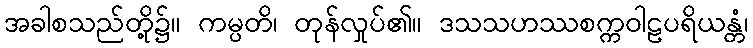
အခါစသည်တို့၌။ ကမ္ပတိ၊ တုန်လှုပ်၏။ ဒသသဟဿစက္ကဝါဠပရိယန္တံ၊